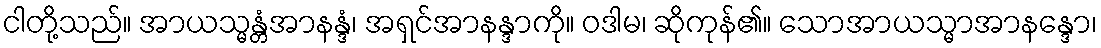
ငါတို့သည်။ အာယသ္မန္တံအာနန္ဒံ၊ အရှင်အာနန္ဒာကို။ ဝဒါမ၊ ဆိုကုန်၏။ သောအာယသ္မာအာနန္ဒော၊